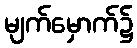
မျက်မှောက်၌